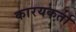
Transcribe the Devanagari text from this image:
कारयकर्ता